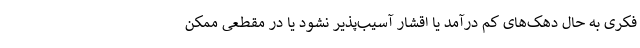
فکری به حال دهک‌های کم درآمد یا اقشار آسیب‌پذیر نشود یا در مقطعی ممکن